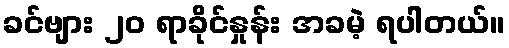
ခင်ဗျား ၂၀ ရာခိုင်နှုန်း အခမဲ့ ရပါတယ်။